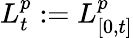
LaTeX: L_{t}^{p}:=L_{[0,t]}^{p}